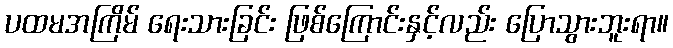
ပထမအကြိမ် ရေးသားခြင်း ဖြစ်ကြောင်းနှင့်လည်း ပြောသွားဘူးရာ။